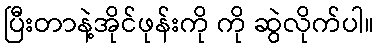
ပြီးတာနဲ့အိုင်ဖုန်းကို ကို ဆွဲလိုက်ပါ။